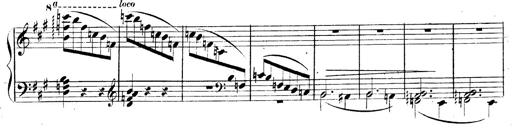
Title: 3 Caprices-Valses
Composer: Franz Liszt